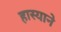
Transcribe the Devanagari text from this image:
हास्याने